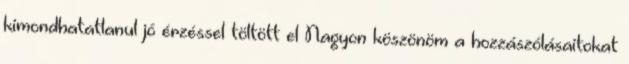
kimondhatatlanul jó érzéssel töltött el Nagyon köszönöm a hozzászólásaitokat